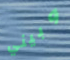
وبيني